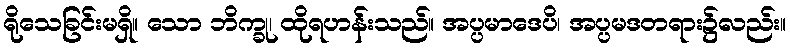
ရိုသေခြင်းမရှိ။ သော ဘိက္ခု၊ ထိုရဟန်းသည်။ အပ္ပမာဒေပိ၊ အပ္ပမဒတရား၌လည်း။